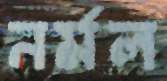
নর্মল